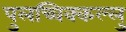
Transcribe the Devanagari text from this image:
पुलच्चिक्कल्लु